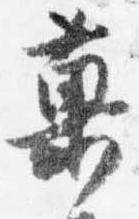
菓